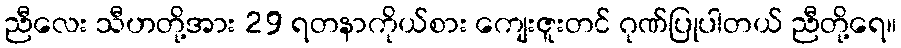
ညီလေး သီဟတို့အား 29 ရတနာကိုယ်စား ကျေးဇူးတင် ဂုဏ်ပြုပါတယ် ညီတို့ရေ။